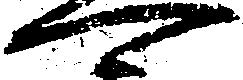
可